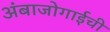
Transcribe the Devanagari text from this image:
अंबाजोगाईची